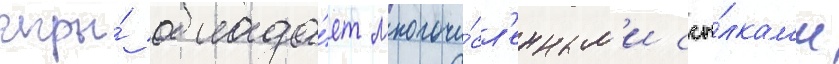
игры́ облада́ет многочи́сл'енным'и ссы́лкам'и